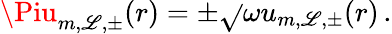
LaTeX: \Piu_{m,\mathscr{L},\pm}(r)=\pm\sqrt{}{{\omega}}u_{m,\mathscr{L},\pm}(r)\, .